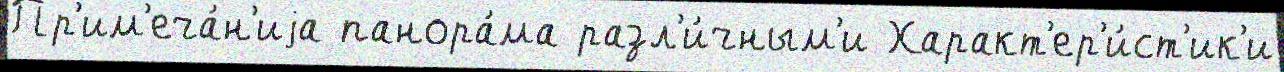
Пр'им'еча́н'иjа панора́ма разл'и́чным'и Характ'ер'и́ст'ик'и